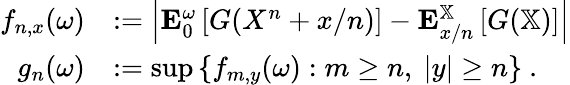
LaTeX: \begin{array}{r}{\begin{array}{rl}{f_{n,x}(\omega)}&{:=\left|\mathbf E_{0}^{\omega}\left[G(X^{n}+x/n)\right]-\mathbf E_{x/n}^{\mathbb X}\left[G(\mathbb X)\right]\right|}\\ {g_{n}(\omega)}&{:=\operatorname*{sup}\left\{ f_{m,y}(\omega):m\ge n,\ |y|\ge n\right\} \ .}\end{array}}\end{array}